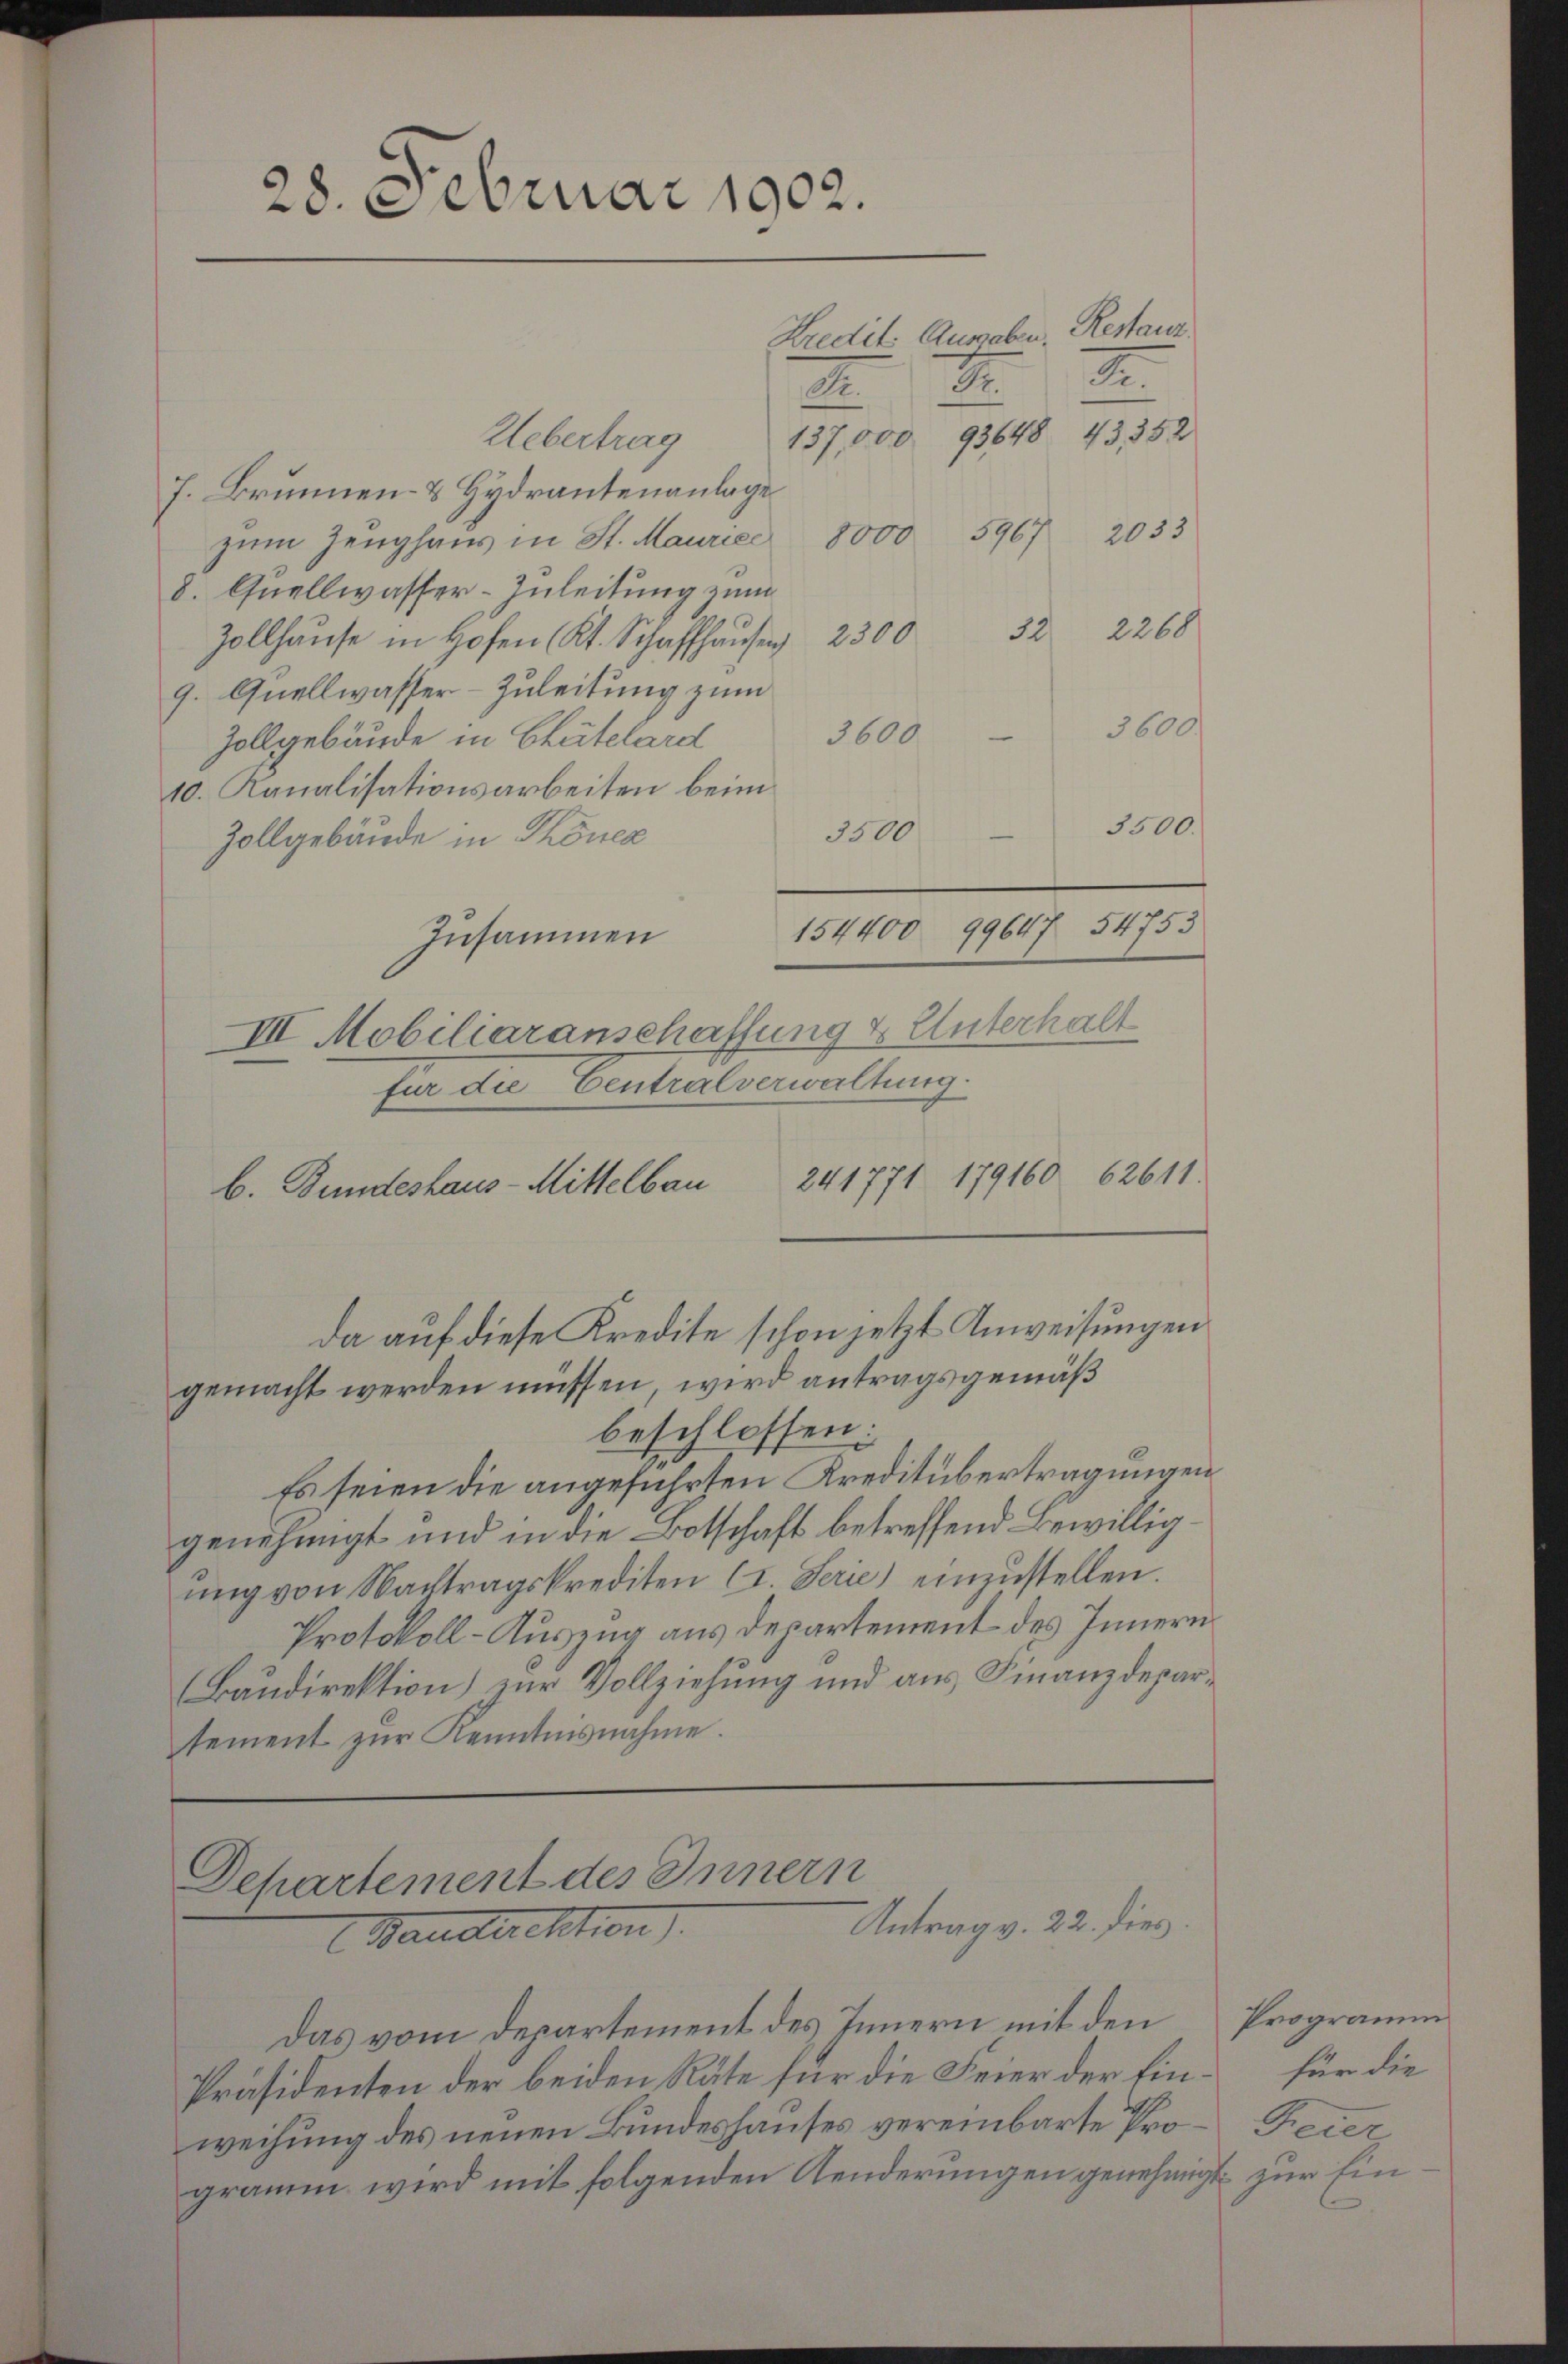
28. Februar 1902.
Kredit. Ausgaben. Restanz
2.
St.
Dr.
Uebertrag 137,000 93648. 43352

J. Brunnen- & Hydrantenanlage
zŭm Zeŭghaŭs in St. Maurie 8000 5967 2033
8. Quellwasser-Zuleitung zum
2260
12
Zollhause in Hofen Kt. Schaffhausen 2300
9. Quellwasser-Zuleitung zum
3600 - 3600.
Zollgebäude in Chutelard
10. Kanalisationsarbeiten beim
Zollgebäude in Thöner
Zusammen
III Mobiliaranschaffung & Unterhalt
für die Centralverwaltung.
241771 179160 62611.
b. Bundeshaus-Mittelbau
da auf diese Kredite schon jetzt Anweisungen
gemacht werden müssen, wird antragsgemäß
beschlossen:
Es seien die angeführten Kreditübertragungen
genehmigt und in die Botschaft betreffend Bewilligŭng von Nachtragskrediten (I. Serie) einzŭstellen.
Protokoll-Auszug aus departement des Innern
Baudirektion zur Vollziehung und aus Finanzdepartement zŭr Kenntnisnahme.

3500.
3500
154400 99647 54753

Departement des Innern
Antrag v. 22. dies
Baudirektion

Das vom Departement des Innern mit den
Präsidenten der beiden Räte für die Feier der Ein für die
weihung des neuen Bundeshauses vereinbarte Pro-Feier
gramm wird mit folgenden Aenderungen genehmigt zur Ein¬

Programm